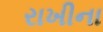
રાખીના